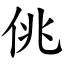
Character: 佻